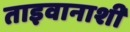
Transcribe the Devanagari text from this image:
ताइवानाशी